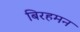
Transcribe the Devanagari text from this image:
बिरहमन